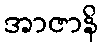
အာဇာနိ